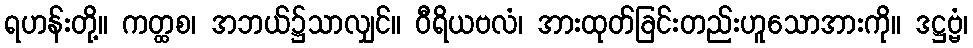
ရဟန်းတို့။ ကတ္ထစ၊ အဘယ်၌သာလျှင်။ ဝီရိယဗလံ၊ အားထုတ်ခြင်းတည်းဟူသောအားကို။ ဒဋ္ဌဗ္ဗံ၊